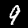
Label: 9